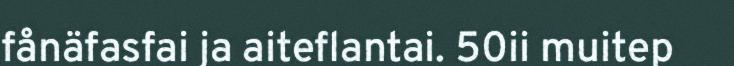
fånäfasfai ja aiteflantai. 50ii muitep